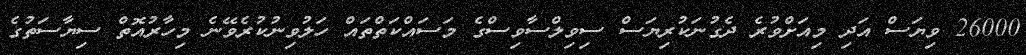
26000 ވިޔަސް އަދި މިއަށްވުރެ ދެގުނަކުރިޔަސް ސިވިލްސާވިސްގެ މަސައްކަތްތައް ހަލުވިނުކުރެވޭނެ މިހާރުއޮތް ސިޔާސަތުގެ